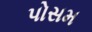
પોસમ